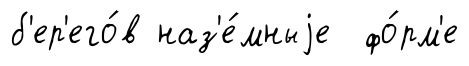
б'ер'его́в наз'е́мныjе фо́рм'е